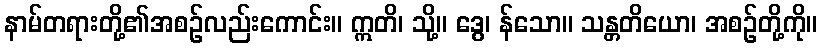
နာမ်တရားတို့၏အစဉ်လည်းကောင်း။ ဣတိ၊ သို့။ ဒွေ၊ န်သော။ သန္တတိယော၊ အစဉ်တို့ကို။